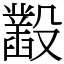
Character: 𣫞